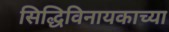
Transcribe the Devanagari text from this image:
सिद्धिविनायकाच्या